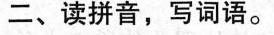
二、读拼音，写词语。